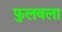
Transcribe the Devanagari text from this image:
फुलवला